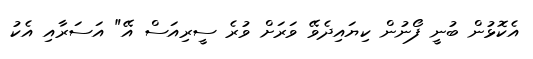
އެކޮޅުން ބުނީ ފޯނުން ކިޔައިދެވޭ ވަރަށް ވުރެ ސީރިއަސް އޭ" އަސަރާއި އެކު